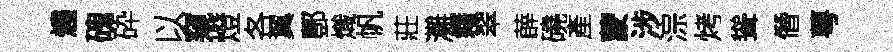
燼磈砕以窺燈各翼酆熾帆莊灘籍翠薜磽產蒙涉淙烤聳僭萼